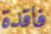
فاقدة